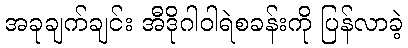
အခုချက်ချင်း အီဒိုဂါဝါရဲစခန်းကို ပြန်လာခဲ့